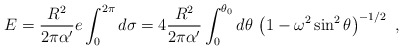
\begin{align*}E = {R^2\over 2 \pi\alpha'} e \int_0^{2\pi} d\sigma = 4 {R^2\over 2 \pi \alpha'} \int_0^{\theta_0} d\theta \, \left (1 - \omega^2 \sin^2\theta \right )^{-1/2}\ ,\end{align*}